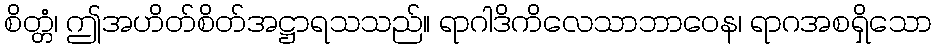
စိတ္တံ၊ ဤအဟိတ်စိတ်အဋ္ဌာရသသည်။ ရာဂါဒိကိလေသာဘာဝေန၊ ရာဂအစရှိသော